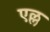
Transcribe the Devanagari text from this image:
एल्ल